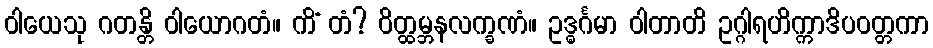
ဝါယေသု ဂတန္တိ ဝါယောဂတံ။ ကိံ တံ? ဝိတ္ထမ္ဘနလက္ခဏံ။ ဥဒ္ဓင်္ဂမာ ဝါတာတိ ဥဂ္ဂါရဟိက္ကာဒိပဝတ္တကာ